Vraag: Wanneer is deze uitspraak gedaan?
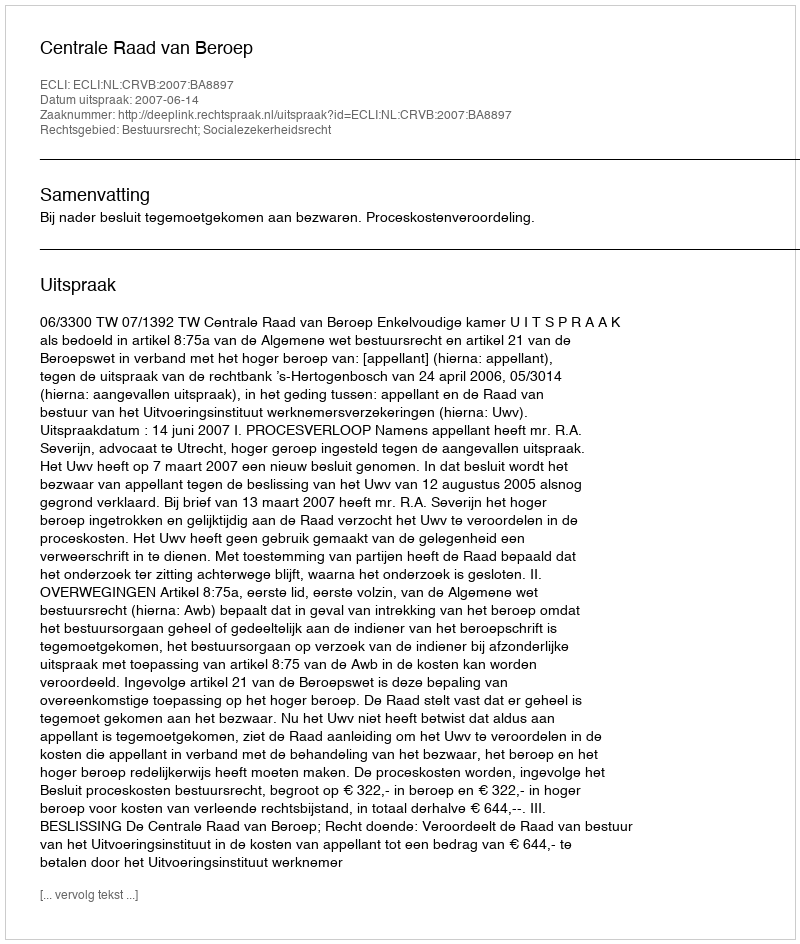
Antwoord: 2007-06-14